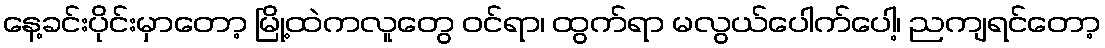
နေ့ခင်းပိုင်းမှာတော့ မြို့ထဲကလူတွေ ဝင်ရာ၊ ထွက်ရာ မလွယ်ပေါက်ပေါ့၊ ညကျရင်တော့